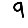
Digit: 9